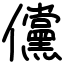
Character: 儻